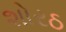
શોરઠ